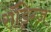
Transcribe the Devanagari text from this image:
रॉड्रिग्ज़